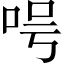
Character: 呺